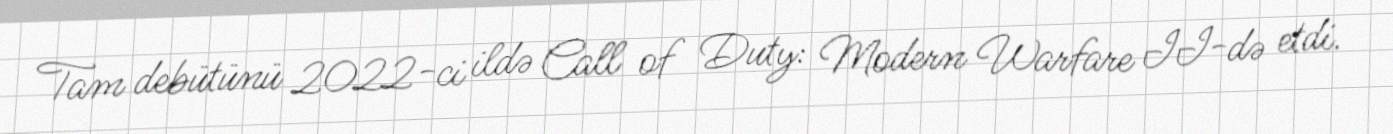
Tam debütünü 2022-ci ildə Call of Duty: Modern Warfare II-də etdi.